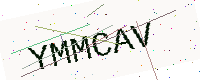
Text: YMMCAV